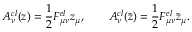
A _ { \nu } ^ { c l } ( z ) = \frac 1 2 F _ { \mu \nu } ^ { e l } z _ { \mu } , \qquad A _ { \nu } ^ { c l } ( \bar { z } ) = \frac 1 2 F _ { \mu \nu } ^ { e l } \bar { z } _ { \mu } .